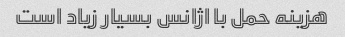
هزینه حمل با اژانس بسیار زیاد است